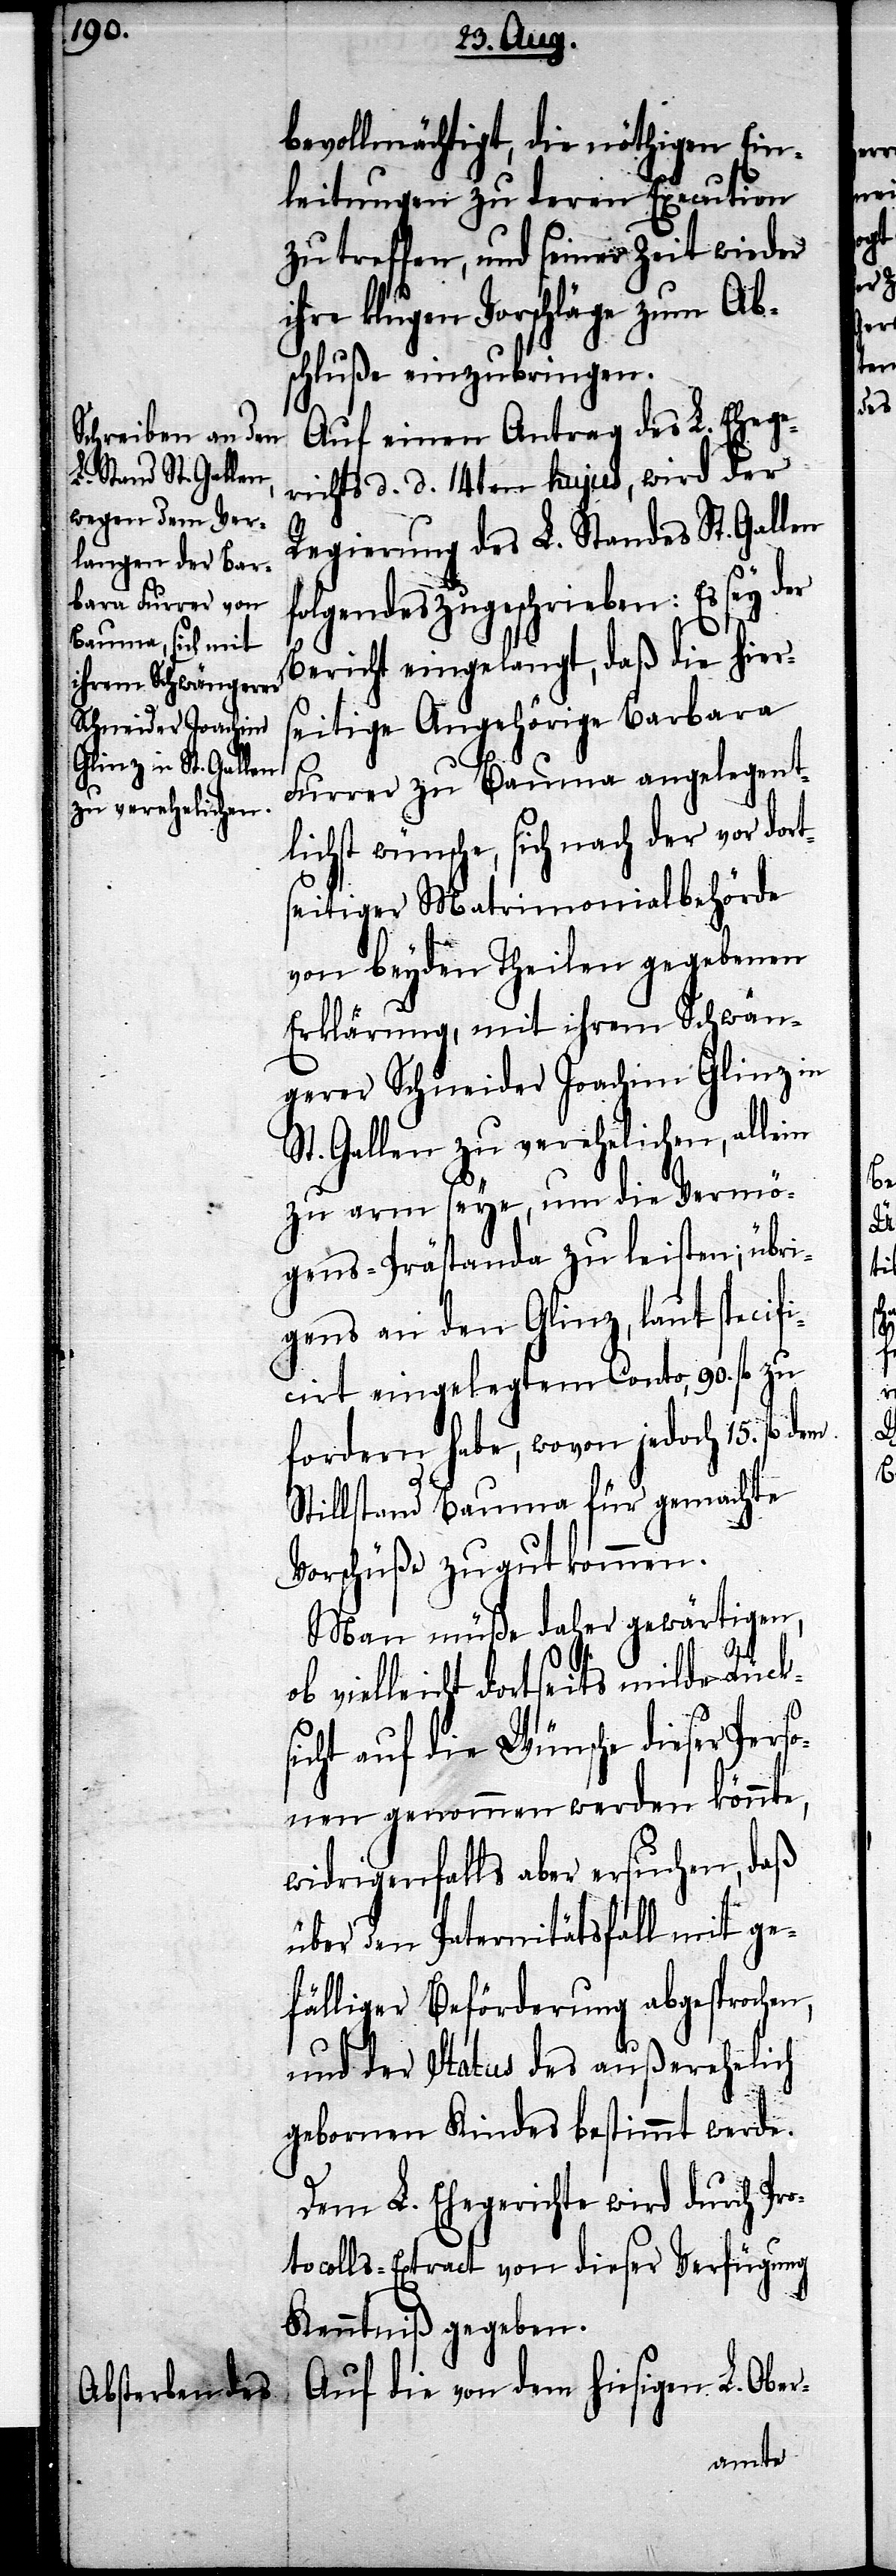
bevollmächtigt, die nöthigen Ein¬
leitungen zu deren Execution
zu treffen, und seiner Zeit wieder
ihre klugen Vorschläge zum Ab¬
schluße einzubringen.
Auf einen Antrag des L. Ehege¬
richts d. d. 14ten hujus, wird der
Regierung des L. Standes St. Gallen
folgendes zugeschrieben: Es sey der
Bericht eingelangt, daß die hier¬
seitige Angehörige Barbara
L.
Furrer zu Bauma angelegent¬
lichst wünsche, sich nach der vor dor¬
seitiger Matrimonialbehörde
von beyden Theilen gegebenen
Erklärung, mit ihrem Schwän¬
gerer Schneider Joachim Glinz in
St. Gallen zu verehelichen, allein
zu arm seye, um die Vermö¬
gens-Prästanda zu leisten; übri¬
gens an den Glinz, laut specif¬
irt eingelegtem Conto, 90. fl. zu
fordern habe, wovon jedoch 15. fl.
Stillstand Bauma für gemachte
Vorschüße zu gut kommen.
Man müße daher gewärtigen,
vielleicht dortseits milde Rück¬
sicht auf die Wünsche dieser Perso¬
nen genommen werden könnte,
widrigenfalls aber ersuchen, daß
über den Paternitätsfall mit ge¬
fälliger Beförderung abgesprochen,
und der Status des außerehelich
gebornen Kindes bestimmt werde.
Dem L. Ehegerichte wird durch Pro¬
tocolls-Extract von dieser Verfügung
Kenntniß gegeben.